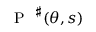
\mathrm { ~ \textbf ~ { ~ P ~ } ~ } ^ { \sharp } ( \theta , s )